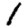
Digit: 1